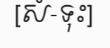
[សំ-ទុះ]